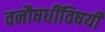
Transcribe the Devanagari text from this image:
वनौषधींविषयी